Lunatic asylums Punjab 1868-1880 - 1868-1880
Year: 1868
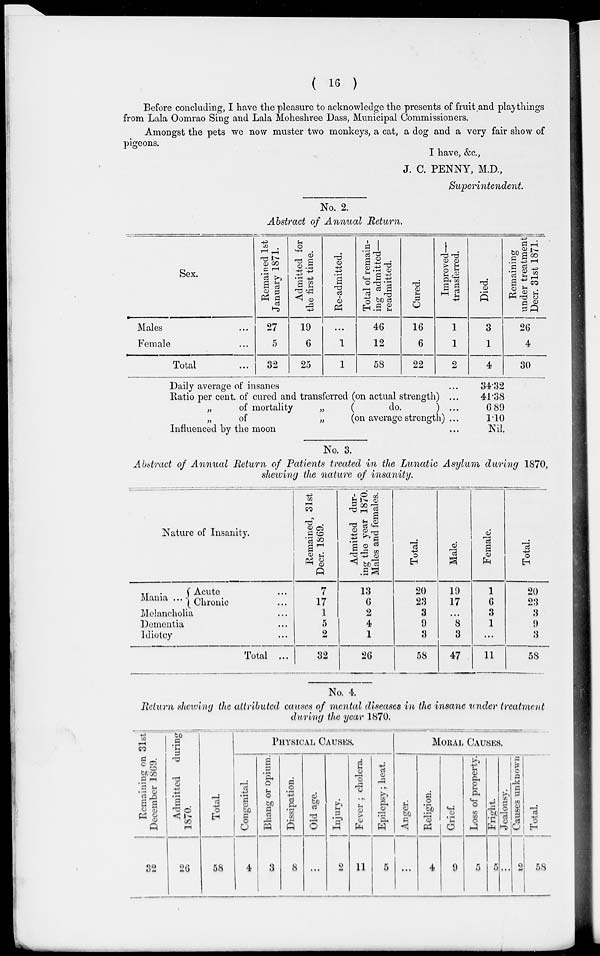
( 16 )
Before concluding, I have the pleasure to acknowledge the presents of fruit and playthings
from Lala Oomrao Sing and Lala Moheshree Dass, Municipal Commissioners.
Amongst the pets we now muster two monkeys, a cat, a dog and a very fair show of
pigeons.
I have, &c.,
J. C. PENNY, M.D.,
Superintendent.
No. 2.
Abstract of Annual Return.
Sex.
Males...
Female...
Total...
Remained 1st
January 1871.
27
5
32
Admitted for
the first time.
19
6
25
Re-admitted.
...
1
1
Total of remain-
ing admitted—
readmitted.
46
12
58
Cured.
16
6
22
Improved—
transferred.
1
1
2
Died.
3
1
4
Remaining
under treatment
Decr.
31st 1871.
26
4
30
Daily average of insanes...
Ratio per cent. of cured and transferred (on actual strength) ...
„
of mortality
„
(
do.
) ...
„
of
„
(on average strength) ...
Influenced by the moon ...
34.32
41.38
6.89
1.10
Nil.
No. 3.
Abstract of Annual Return of Patients treated in the Lunatic Asylum during 1870,
shewing the nature of insanity.
Nature of Insanity.
Mania...
Acute...
Chronic...
Melancholia...
Dementia...
Idiotcy...
Total ...
Remained, 31st
Decr. 1869.
7
17
1
5
2
32
Admitted dur-
ing the year 1870.
Males and females.
13
6
2
4
1
26
Total
20
23
3
9
3
58
Male.
19
17
...
8
3
47
Female.
1
6
3
1
...
11
Total.
20
23
3
9
3
58
No. 4.
Return shewing the attributed causes of mental diseases in the insane under treatment
during the year 1870.
Remaining on 31st
December 1869.
32
Admitted
during
1870.
26
TotaL
58
PHYSICAL CAUSES.
Congenital.
4
Bhang or opium.
3
Dissipation.
8
Old age.
...
Injury.
2
Fever ; cholera.
11
Epilepsy; heat.
5
MORAL CAUSES.
Anger.
...
Religion.
4
Grief.
9
Loss of property.
5
Fright.
5
Jealousy.
...
Causes unknown
2
Total.
58